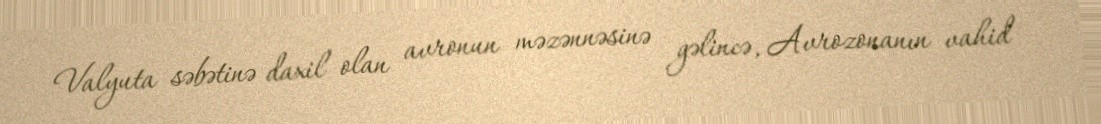
Valyuta səbətinə daxil olan avronun məzənnəsinə gəlincə, Avrozonanın vahid